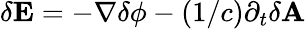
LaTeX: \mathbf{\delta E}=-\nabla\delta\phi-\left(1/c\right)\partial_{t}\mathbf{\delta A}